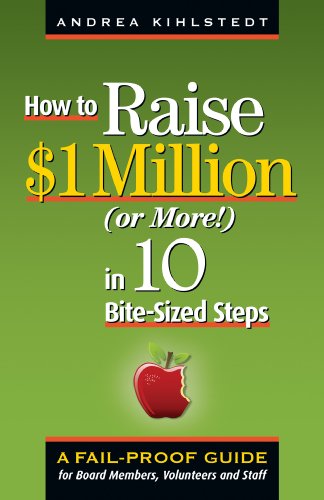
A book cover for How to Raise $1 Million (Or More!) in 10 Bite-sized Steps: A Failproof Guide for Board Members, Volunteers and Staff; Andrea Kihlstedt; Politics & Social Sciences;